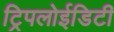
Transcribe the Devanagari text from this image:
ट्रिपलोईडिटी